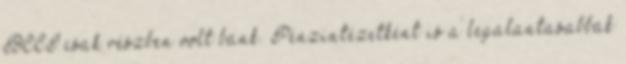
BCCI csak részben volt bank. Pénzintézetként is a leg­alantasabbak